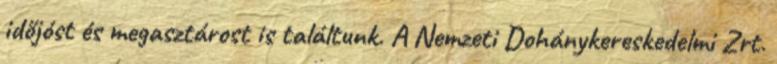
időjóst és megasztárost is találtunk. A Nemzeti Dohánykereskedelmi Zrt.